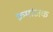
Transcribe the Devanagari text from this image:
क्रमांअक